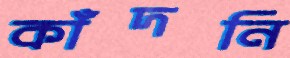
কাঁদনি